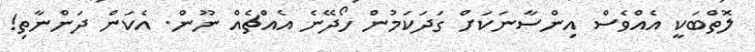
ލޮތްބަކީ އެއްވެސް އިންސާނަކަށް ގަދަކަމުން ހޯދޭނެ އެއްޗެއް ނޫން. އެކަން ދަންނާތި!